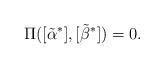
LaTeX: \begin{align*}\Pi([\tilde{\alpha}^*],[\tilde{\beta}^*]) = 0.\end{align*}